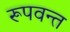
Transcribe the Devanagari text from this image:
रूपवन्त